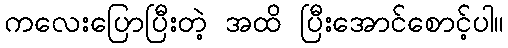
ကလေးပြောပြီးတဲ့ အထိ ပြီးအောင်စောင့်ပါ။